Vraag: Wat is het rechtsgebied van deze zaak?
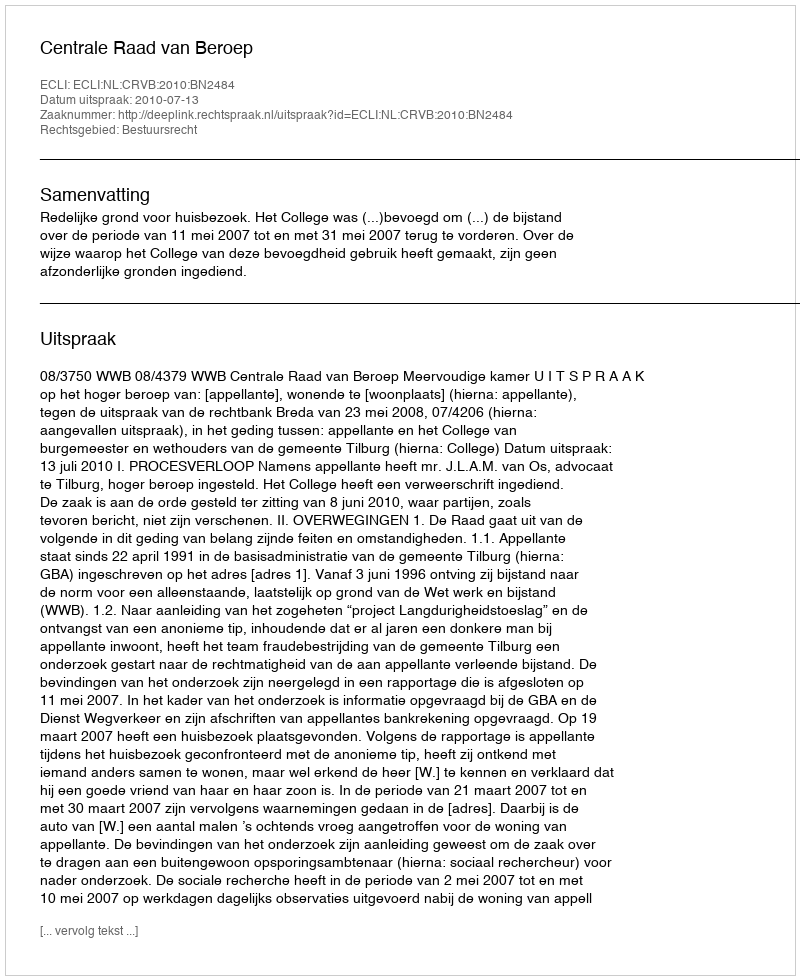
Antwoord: Bestuursrecht